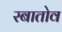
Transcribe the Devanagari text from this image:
रबातोव